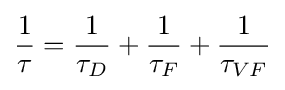
{\frac {1}{\tau }}={\frac {1}{\tau _{D}}}+{\frac {1}{\tau _{F}}}+{\frac {1}{\tau _{VF}}}